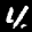
Label: 4